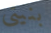
بنيتي